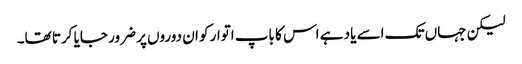
لیکن جہاں تک اسے یاد ہے اس کا باپ اتوار کو ان دوروں پر ضرور جایا کرتا تھا۔